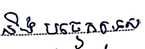
និងបចេ្ចកទេស